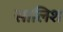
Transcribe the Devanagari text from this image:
सालिश